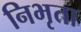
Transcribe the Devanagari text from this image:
निभृता